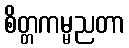
စိတ္တကမ္မညတာ